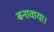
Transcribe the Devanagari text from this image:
बनावाया।